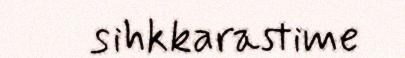
sihkkarastime